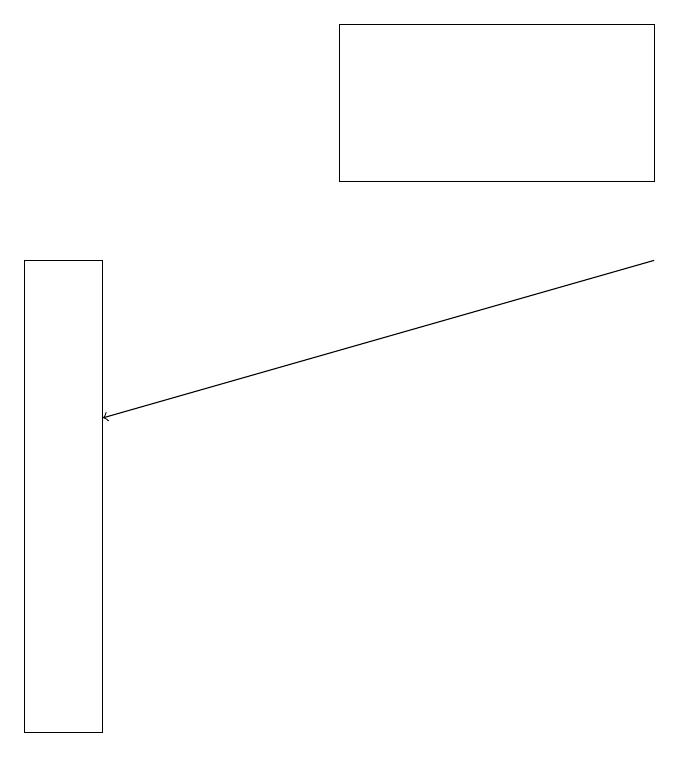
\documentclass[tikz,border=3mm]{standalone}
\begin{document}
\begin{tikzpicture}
\draw (1,10) rectangle (0,16);
\draw[->] (8,16) -- (1,14);
\draw (8,17) rectangle (4,19);
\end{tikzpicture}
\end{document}